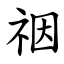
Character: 䄄